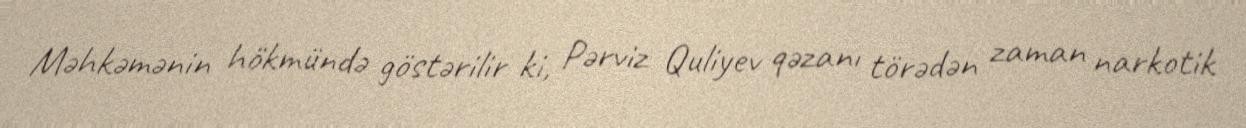
Məhkəmənin hökmündə göstərilir ki, Pərviz Quliyev qəzanı törədən zaman narkotik